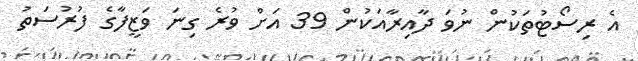
އެ ރިސޯޓުތަކުން ނުވަ ދާއިރާއަކުން 39 އަށް ވުރެ ގިނަ ވަޒީފާގެ ފުރުސަތު